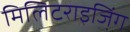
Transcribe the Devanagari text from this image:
मिलिटराइजिंग